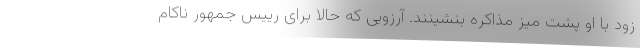
زود با او پشت میز مذاکره بنشینند. آرزویی که حالا برای رییس جمهور ناکام